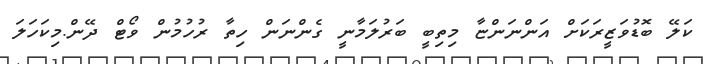
ކަލޭ ބޮޑުވަޒީރަކަށް އަންނަންޏާ މިތިބީ ބަރުލަމާނީ ގެންނަން ހިތާ ރުހުމުން ވޯޓް ދޭން.މިކަހަލަ